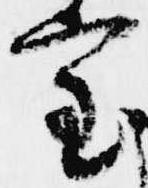
室